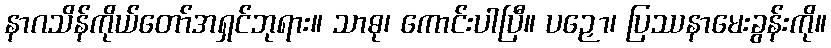
နာဂသိန်ကိုယ်တော်အရှင်ဘုရား။ သာဓု၊ ကောင်းပါပြီ။ ပဉှော၊ ပြဿနာမေးခွန်းကို။